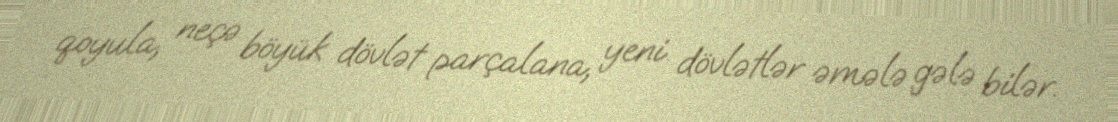
qoyula, neçə böyük dövlət parçalana, yeni dövlətlər əmələ gələ bilər.